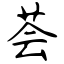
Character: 荟